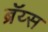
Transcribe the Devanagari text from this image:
ब्रॅय्स